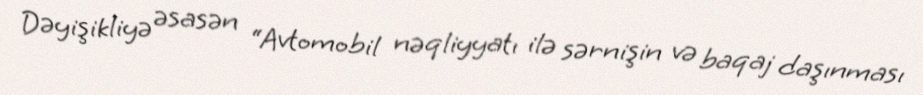
Dəyişikliyə əsasən “Avtomobil nəqliyyatı ilə sərnişin və baqaj daşınması